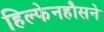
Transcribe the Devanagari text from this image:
हिल्फेनहौसने